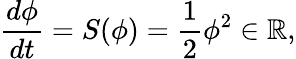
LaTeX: \frac{d\phi}{dt}=S(\phi)=\frac{1}{2}\phi^{2}\in\mathbb{R},